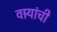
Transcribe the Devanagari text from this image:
वार्‍यांची